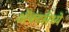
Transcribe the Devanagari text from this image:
ॲक्टमेध्ये